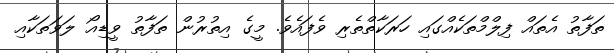
ތަފާތު އެތައް ފިލްމްތަކެއްގައި ހަރަކާތްތެރި ވެފައެވެ. މީގެ އިތުރުން ތަފާތު ވީޑިއޯ ލަވަތަކާއި